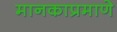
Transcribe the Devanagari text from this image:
मानकाप्रमाणे